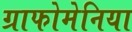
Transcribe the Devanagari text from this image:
ग्राफोमेनिया